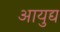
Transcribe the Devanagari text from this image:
आयुद्य